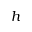
h